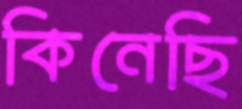
কিনেছি